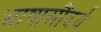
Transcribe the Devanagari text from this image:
भाषासौंदर्य